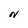
Character: N